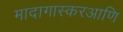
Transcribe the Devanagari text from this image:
मादागास्करआणि